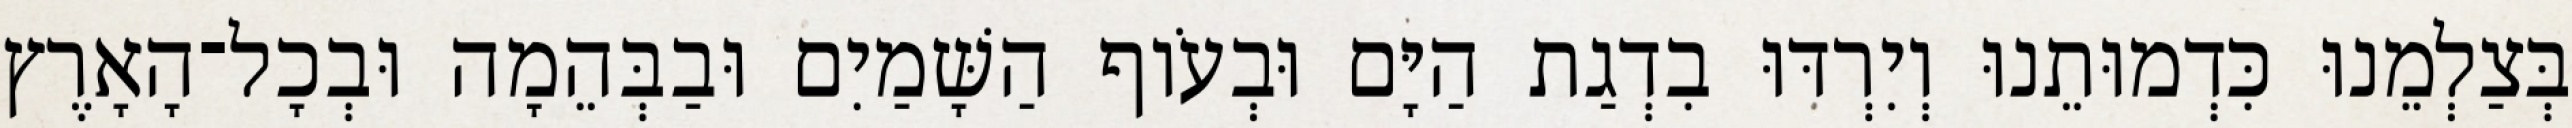
בְּצַלְמֵנוּ כִּדְמוּתֵנוּ וְיִרְדּוּ בִדְגַת הַיָּם וּבְעֹוף הַשָּׁמַיִם וּבַבְּהֵמָה וּבְכָל־הָאָרֶץ